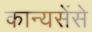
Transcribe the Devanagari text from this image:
कान्यसेंसे